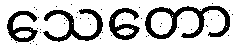
သေတော